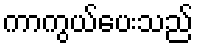
ကာကွယ်ပေးသည်